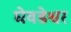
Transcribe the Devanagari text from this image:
घेवडेश्वर